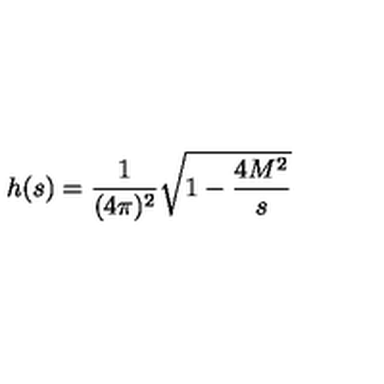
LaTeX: h ( s ) = \frac 1 { ( 4 \pi ) ^ { 2 } } \sqrt { 1 - \frac { 4 M ^ { 2 } } s }